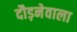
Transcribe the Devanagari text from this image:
दौड़नेवाला